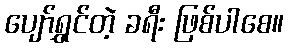
ပျော်ရွှင်တဲ့ ခရီး ဖြစ်ပါစေ။